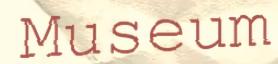
Museum